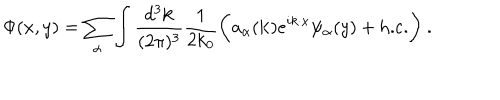
LaTeX: \Phi ( x , y ) = \sum _ { \alpha } \int \frac { d ^ { 3 } { \bf k } } { ( 2 \pi ) ^ { 3 } } \frac { 1 } { 2 k _ { 0 } } \biggl ( a _ { \alpha } ( { \bf k } ) e ^ { i k \cdot x } \psi _ { \alpha } ( y ) + \mathrm { h . c . } \biggr ) \ .